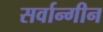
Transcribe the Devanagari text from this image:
सर्वान्गीन